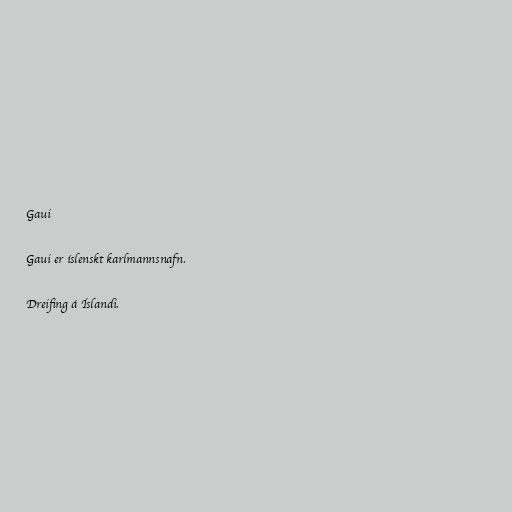
Gaui

Gaui er íslenskt karlmannsnafn.

Dreifing á Íslandi.